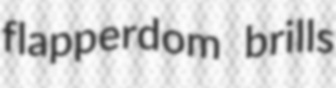
flapperdom brills